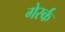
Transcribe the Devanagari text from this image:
गेर्स्क